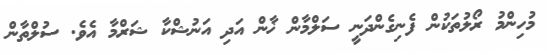
މުހިންމު ރޯލުތަކުން ފެނިގެންދަނީ ސަލްމާން ޚާން އަދި އަނުޝްކާ ޝަރްމާ އެވެ. ސުލްތާން